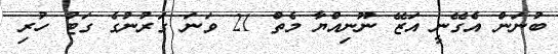
ބުނަން އެގޭނީ އަޒޭ ނޫނިއްޔާ މެތް 21 ވަނަ ގަރުނުގެ ގަޓު ހުރި